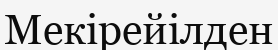
Мекірейілден